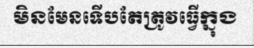
មិនមែនទើបតែត្រូវធ្វើក្នុង